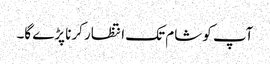
آپ کو شام تک انتظار کرنا پڑے گا۔